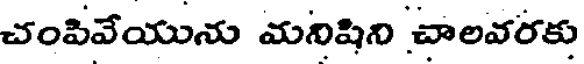
చంపివేయును మనిషిని చాలవరకు